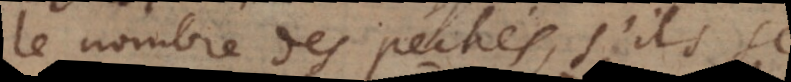
le nombre des pechés, s’ils se